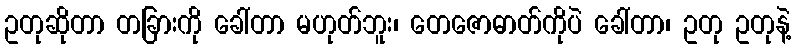
ဥတုဆိုတာ တခြားကို ခေါ်တာ မဟုတ်ဘူး၊ တေဇောဓာတ်ကိုပဲ ခေါ်တာ၊ ဥတု ဥတုနဲ့